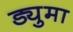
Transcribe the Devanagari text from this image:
ड्युमा